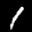
Label: 1